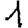
Digit: 1